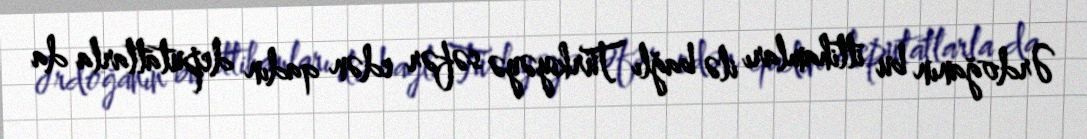
Ərdoğanın bu ittihamları ilə bağlı Türkiyəyə səfər edən qadın deputatlarla da